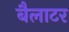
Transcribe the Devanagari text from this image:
बैलाटर